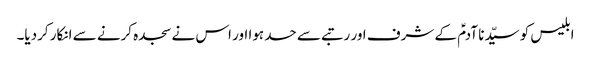
ابلیس کو سیّدنا آدمؑ کے شرف اور رتبے سے حسد ہوا اور اس نے سجدہ کرنے سے انکار کردیا۔